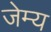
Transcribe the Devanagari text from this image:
जेम्य